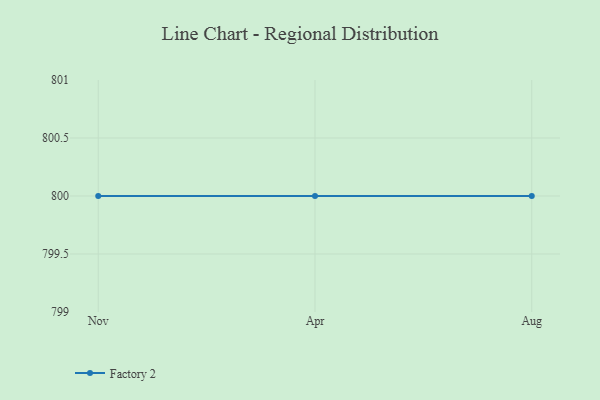
{"axis": {"x": "Month", "y": "Demand Index"}, "legend": ["Factory 2"], "data": [{"x": "Nov", "y": 800, "type": "Factory 2"}, {"x": "Apr", "y": 800, "type": "Factory 2"}, {"x": "Aug", "y": 800, "type": "Factory 2"}]}